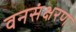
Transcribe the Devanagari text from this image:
वनसंक्षरण